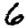
Digit: 6